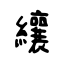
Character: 纕